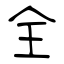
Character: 全